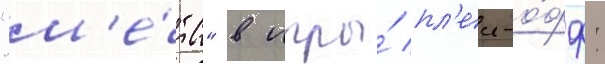
"м'е́тс" в игры́ пл'еи-о́фф: